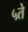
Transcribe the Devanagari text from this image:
५ते